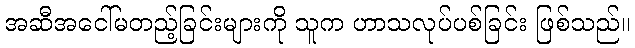
အဆီအငေါ်မတည့်ခြင်းများကို သူက ဟာသလုပ်ပစ်ခြင်း ဖြစ်သည်။